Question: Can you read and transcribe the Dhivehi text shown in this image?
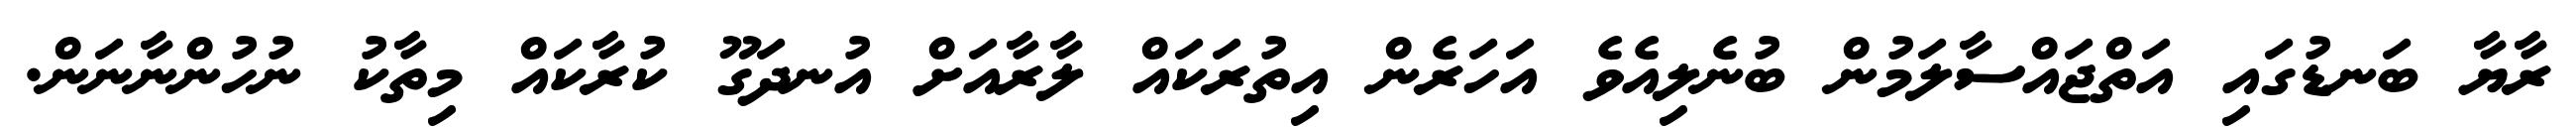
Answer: ރާޔާ ބަނޑުގައި އަތްޖައްސާލަމުން ބުނެލިއެވެ އަހަރެން އިތުރަކައް ލާރާއަށް އުނދަގޫ ކުރާކައް މިތާކު ނުހުންނާނަން.